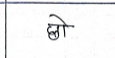
मजकूर: छो